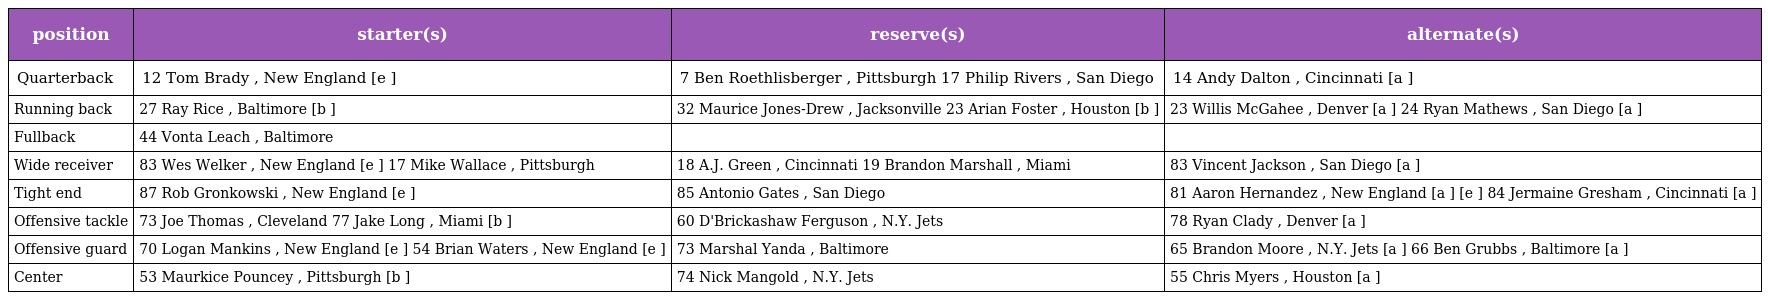
| position | starter(s) | reserve(s) | alternate(s) |
 | --- | --- | --- | --- |
 | Quarterback | 12 Tom Brady , New England [e ] | 7 Ben Roethlisberger , Pittsburgh 17 Philip Rivers , San Diego | 14 Andy Dalton , Cincinnati [a ] |
 | Running back | 27 Ray Rice , Baltimore [b ] | 32 Maurice Jones-Drew , Jacksonville 23 Arian Foster , Houston [b ] | 23 Willis McGahee , Denver [a ] 24 Ryan Mathews , San Diego [a ] |
 | Fullback | 44 Vonta Leach , Baltimore |  |  |
 | Wide receiver | 83 Wes Welker , New England [e ] 17 Mike Wallace , Pittsburgh | 18 A.J. Green , Cincinnati 19 Brandon Marshall , Miami | 83 Vincent Jackson , San Diego [a ] |
 | Tight end | 87 Rob Gronkowski , New England [e ] | 85 Antonio Gates , San Diego | 81 Aaron Hernandez , New England [a ] [e ] 84 Jermaine Gresham , Cincinnati [a ] |
 | Offensive tackle | 73 Joe Thomas , Cleveland 77 Jake Long , Miami [b ] | 60 D'Brickashaw Ferguson , N.Y. Jets | 78 Ryan Clady , Denver [a ] |
 | Offensive guard | 70 Logan Mankins , New England [e ] 54 Brian Waters , New England [e ] | 73 Marshal Yanda , Baltimore | 65 Brandon Moore , N.Y. Jets [a ] 66 Ben Grubbs , Baltimore [a ] |
 | Center | 53 Maurkice Pouncey , Pittsburgh [b ] | 74 Nick Mangold , N.Y. Jets | 55 Chris Myers , Houston [a ] |